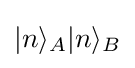
\vert n\rangle _{A}\vert n\rangle _{B}